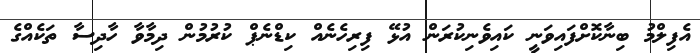
އެފިލްމު ބިނާކޮށްފައިވަނީ ކައިވެނިކުރަން އުޅޭ ފިރިހެނެއް ކިޑްނެޕް ކުރުމުން ދިމާވާ ހާދިސާ ތަކެއްގެ